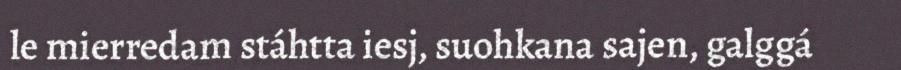
le mierredam stáhtta iesj, suohkana sajen, galggá